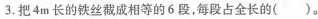
3.把4m长的铁丝截成相等的6段，每段占全长的()。